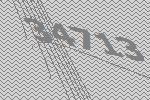
34713